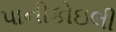
પાનીકોઇલી